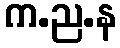
က.ည.န